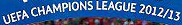
UEFA CHAMPIONS LEAGUE 2012/13